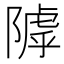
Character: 𨻲